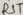
Text: RST